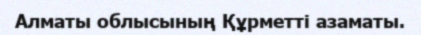
Алматы облысының Құрметті азаматы.